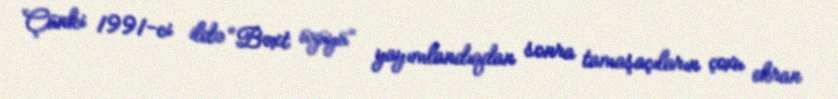
Çünki 1991-ci ildə “Bəxt üzüyü” yayımlandıqdan sonra tamaşaçıların çoxu ekran